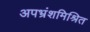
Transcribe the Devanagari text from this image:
अपभ्रंशमिश्रित